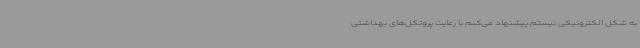
به شکل الکترونیکی نیستم.پیشنهاد می‌کنم با رعایت پروتکل‌های بهداشتی